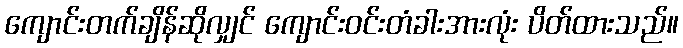
ကျောင်းတက်ချိန်ဆိုလျှင် ကျောင်းဝင်းတံခါးအားလုံး ပိတ်ထားသည်။